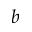
\boldsymbol { b }